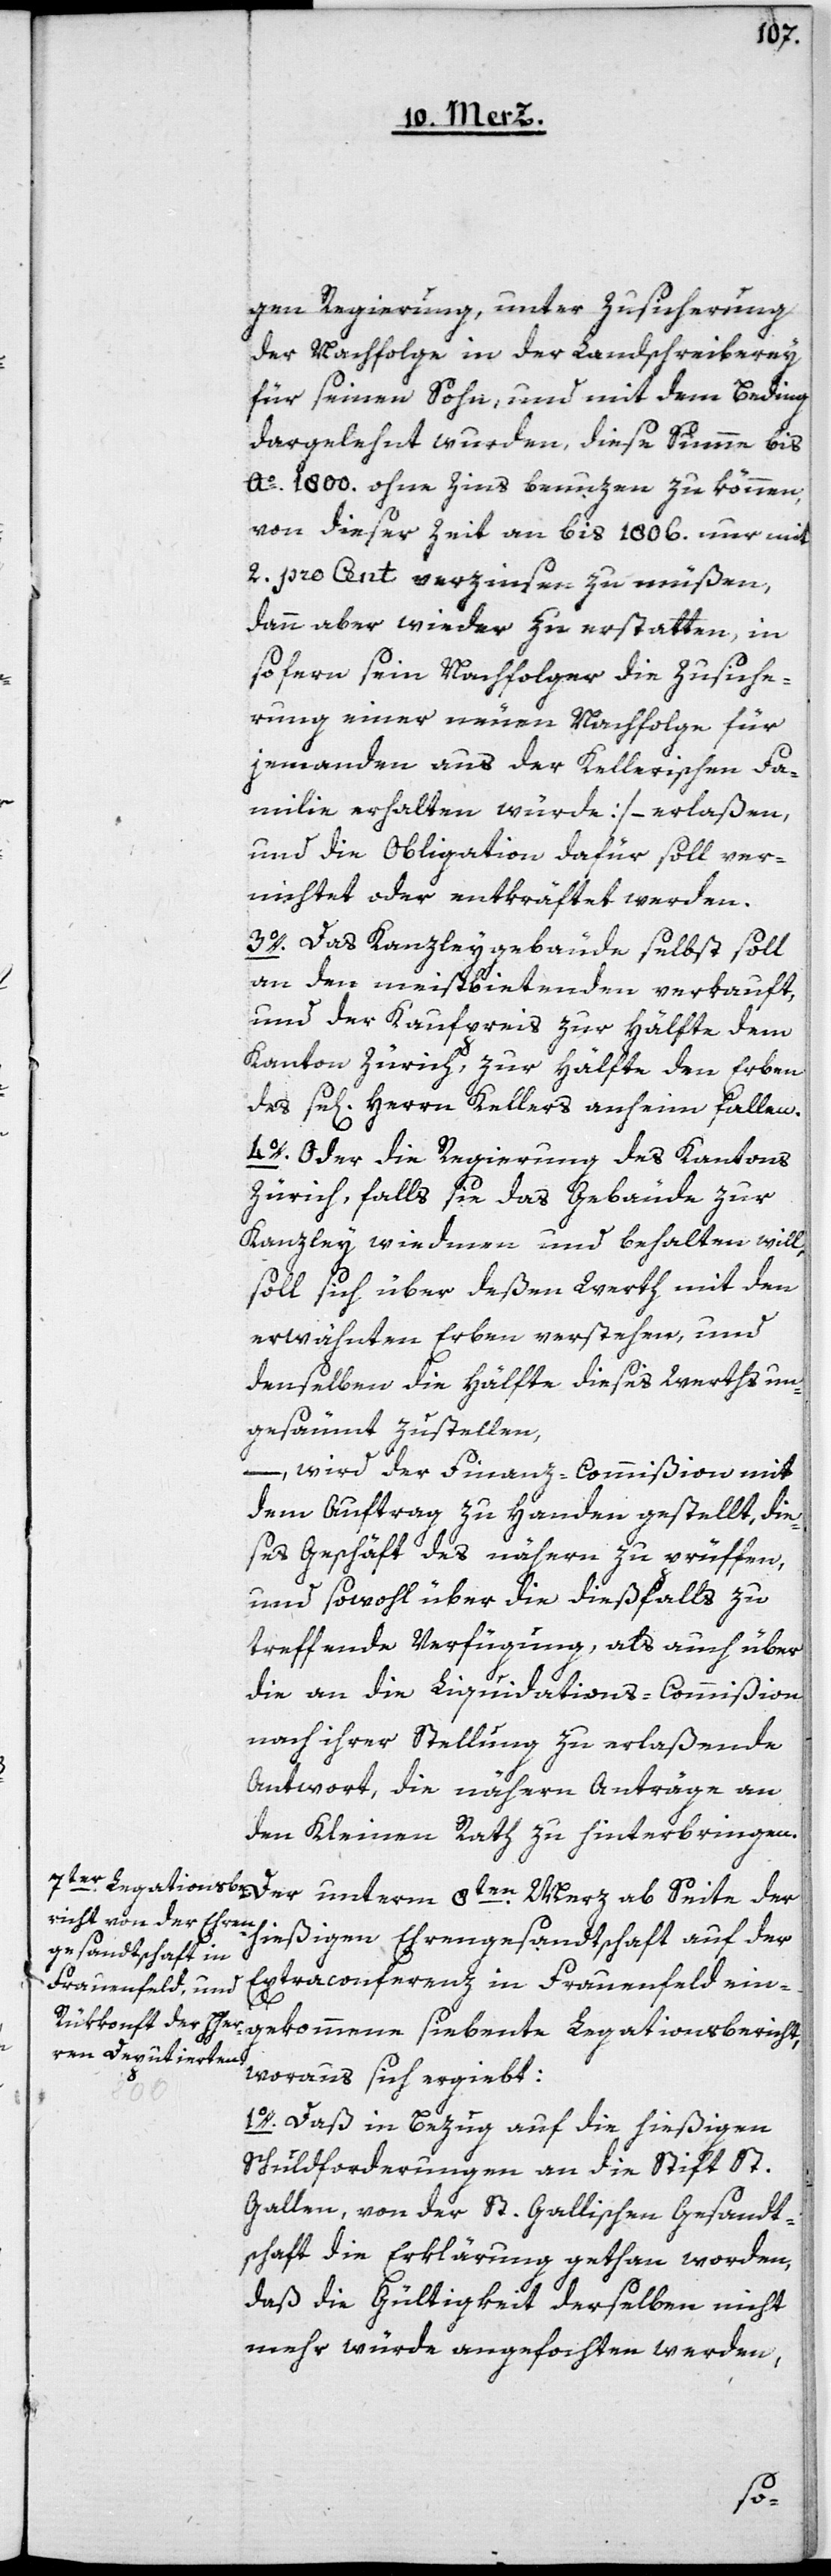
gen Regierung, unter Zusicherung
der Nachfolge in der Landschreiberey
für seinen Sohn, und mit dem Beding
dargelehnt wurden, diese Summe bis
Ao. 1800. ohne Zins benuzen zu können,
von dieser Zeit an bis 1806. nur mit
2 pro Cent verzinsen zu müßen,
dann aber wieder zu erstatten, in
so fern sein Nachfolger die Zusiche¬
rung einer neuen Nachfolge für
jemanden aus der Kellerischen Fa¬
milie erhalten würde] – erlaßen,
und die Obligation dafür soll ver¬
nichtet oder entkräftet werden.
3o. Das Kanzleygebäude selbst soll
an den meistbietenden verkauft,
und der Kaufpreis zur Hälfte dem
Kanton Zürich, zur Hälfte den Erben
des se[ligen] Herrn Kellers anheim fallen.
4o. Oder die Regierung des Kantons
Zürich, falls sie das Gebäude zur
Kanzley wiedmen und behalten will,
soll sich über deßen Werth mit den
erwähnten Erben verstehen, und
denselben die Hälfte dieses Werths un¬
gesäumt zustellen,
– wird der Finanz-Commißion mit
dem Auftrag zu Handen gestellt, die¬
ses Geschäft des nähern zu prüffen,
und sowohl über die dießfalls zu
treffende Verfügung, als auch über
die an die Liquidations-Commißion
nach ihrer Stellung zu erlaßende
Antwort, die nähern Anträge an
den Kleinen Rath zu hinterbringen.
Der unterm 8ten Merz ab Seite der
hießigen Ehrengesandtschaft auf der
Extraconferenz in Frauenfeld ein¬
gekommene siebente Legationsbericht,
woraus sich ergiebt:
1o. Daß in Bezug auf die hießigen
Schuldforderungen an die Stift St.
Gallen, von der St. Gallischen Gesandt¬
schaft die Erklärung gethan worden,
daß die Gültigkeit derselben nicht
mehr würde angefochten werden,